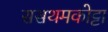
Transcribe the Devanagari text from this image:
ससथमकोट्टा